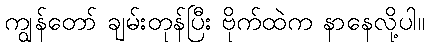
ကျွန်တော် ချမ်းတုန်ပြီး ဗိုက်ထဲက နာနေလို့ပါ။